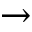
\rightarrow